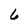
Character: 6